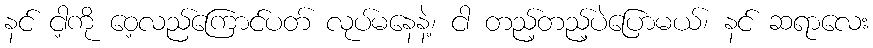
နင် ငါ့ကို ဝေ့လည်ကြောင်ပတ် လုပ်မနေနဲ့၊ ငါ တည့်တည့်ပဲပြောမယ်၊ နင် ဆရာလေး